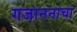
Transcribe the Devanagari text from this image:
गजाननाचा